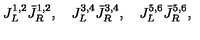
J _ { L } ^ { 1 , 2 } { \bar { J } } _ { R } ^ { 1 , 2 } , \quad J _ { L } ^ { 3 , 4 } { \bar { J } } _ { R } ^ { 3 , 4 } , \quad J _ { L } ^ { 5 , 6 } { \bar { J } } _ { R } ^ { 5 , 6 } ,